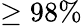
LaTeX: \ge 98\%